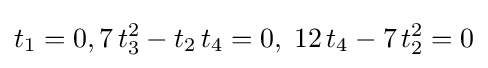
t_{1}=0,7\,t_{3}^{2}-t_{2}\,t_{4}=0,\;12\,t_{4}-7\,t_{2}^{2}=0